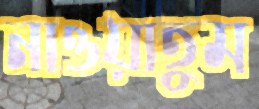
নাওয়াতুম